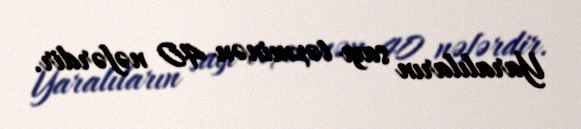
Yaralıların sayı təxminən 40 nəfərdir.